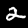
Label: 2